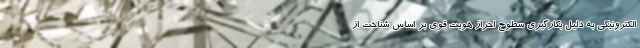
الکترونیکی به دلیل بکارگیری سطوح احراز هویت قوی بر اساس شناخت از